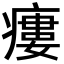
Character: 瘻